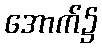
အောက်၌